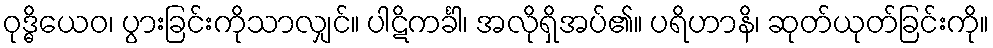
ဝုဒ္ဓိယေဝ၊ ပွားခြင်းကိုသာလျှင်။ ပါဋိကင်္ခါ၊ အလိုရှိအပ်၏။ ပရိဟာနိ၊ ဆုတ်ယုတ်ခြင်းကို။